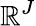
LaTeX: \mathbb{R}^{J}